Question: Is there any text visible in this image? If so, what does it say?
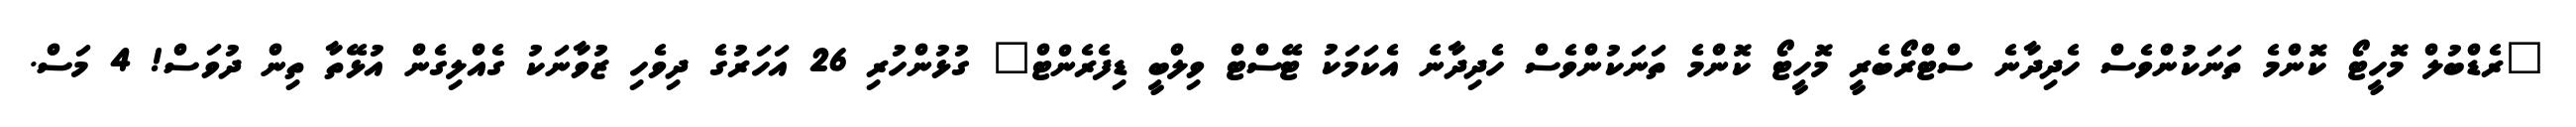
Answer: "ރެޑްބުލް މޮހީޓޯ ކޮންމެ ތަނަކުންވެސް ހެދިދާނެ ސްޓްރޯބެރީ މޮހީޓޯ ކޮންމެ ތަނަކުންވެސް ހެދިދާނެ އެކަމަކު ޓޭސްޓް ވިލްބީ ޑިފެރެންޓް" ގުޅުންހުރި 26 އަހަރުގެ ދިވެހި ޒުވާނަކު ގެއްލިގެން އުޅޭތާ ތިން ދުވަސް! 4 މަސް.